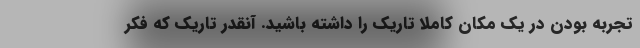
تجربه بودن در یک مکان کاملا تاریک را داشته باشید. آنقدر تاریک که فکر